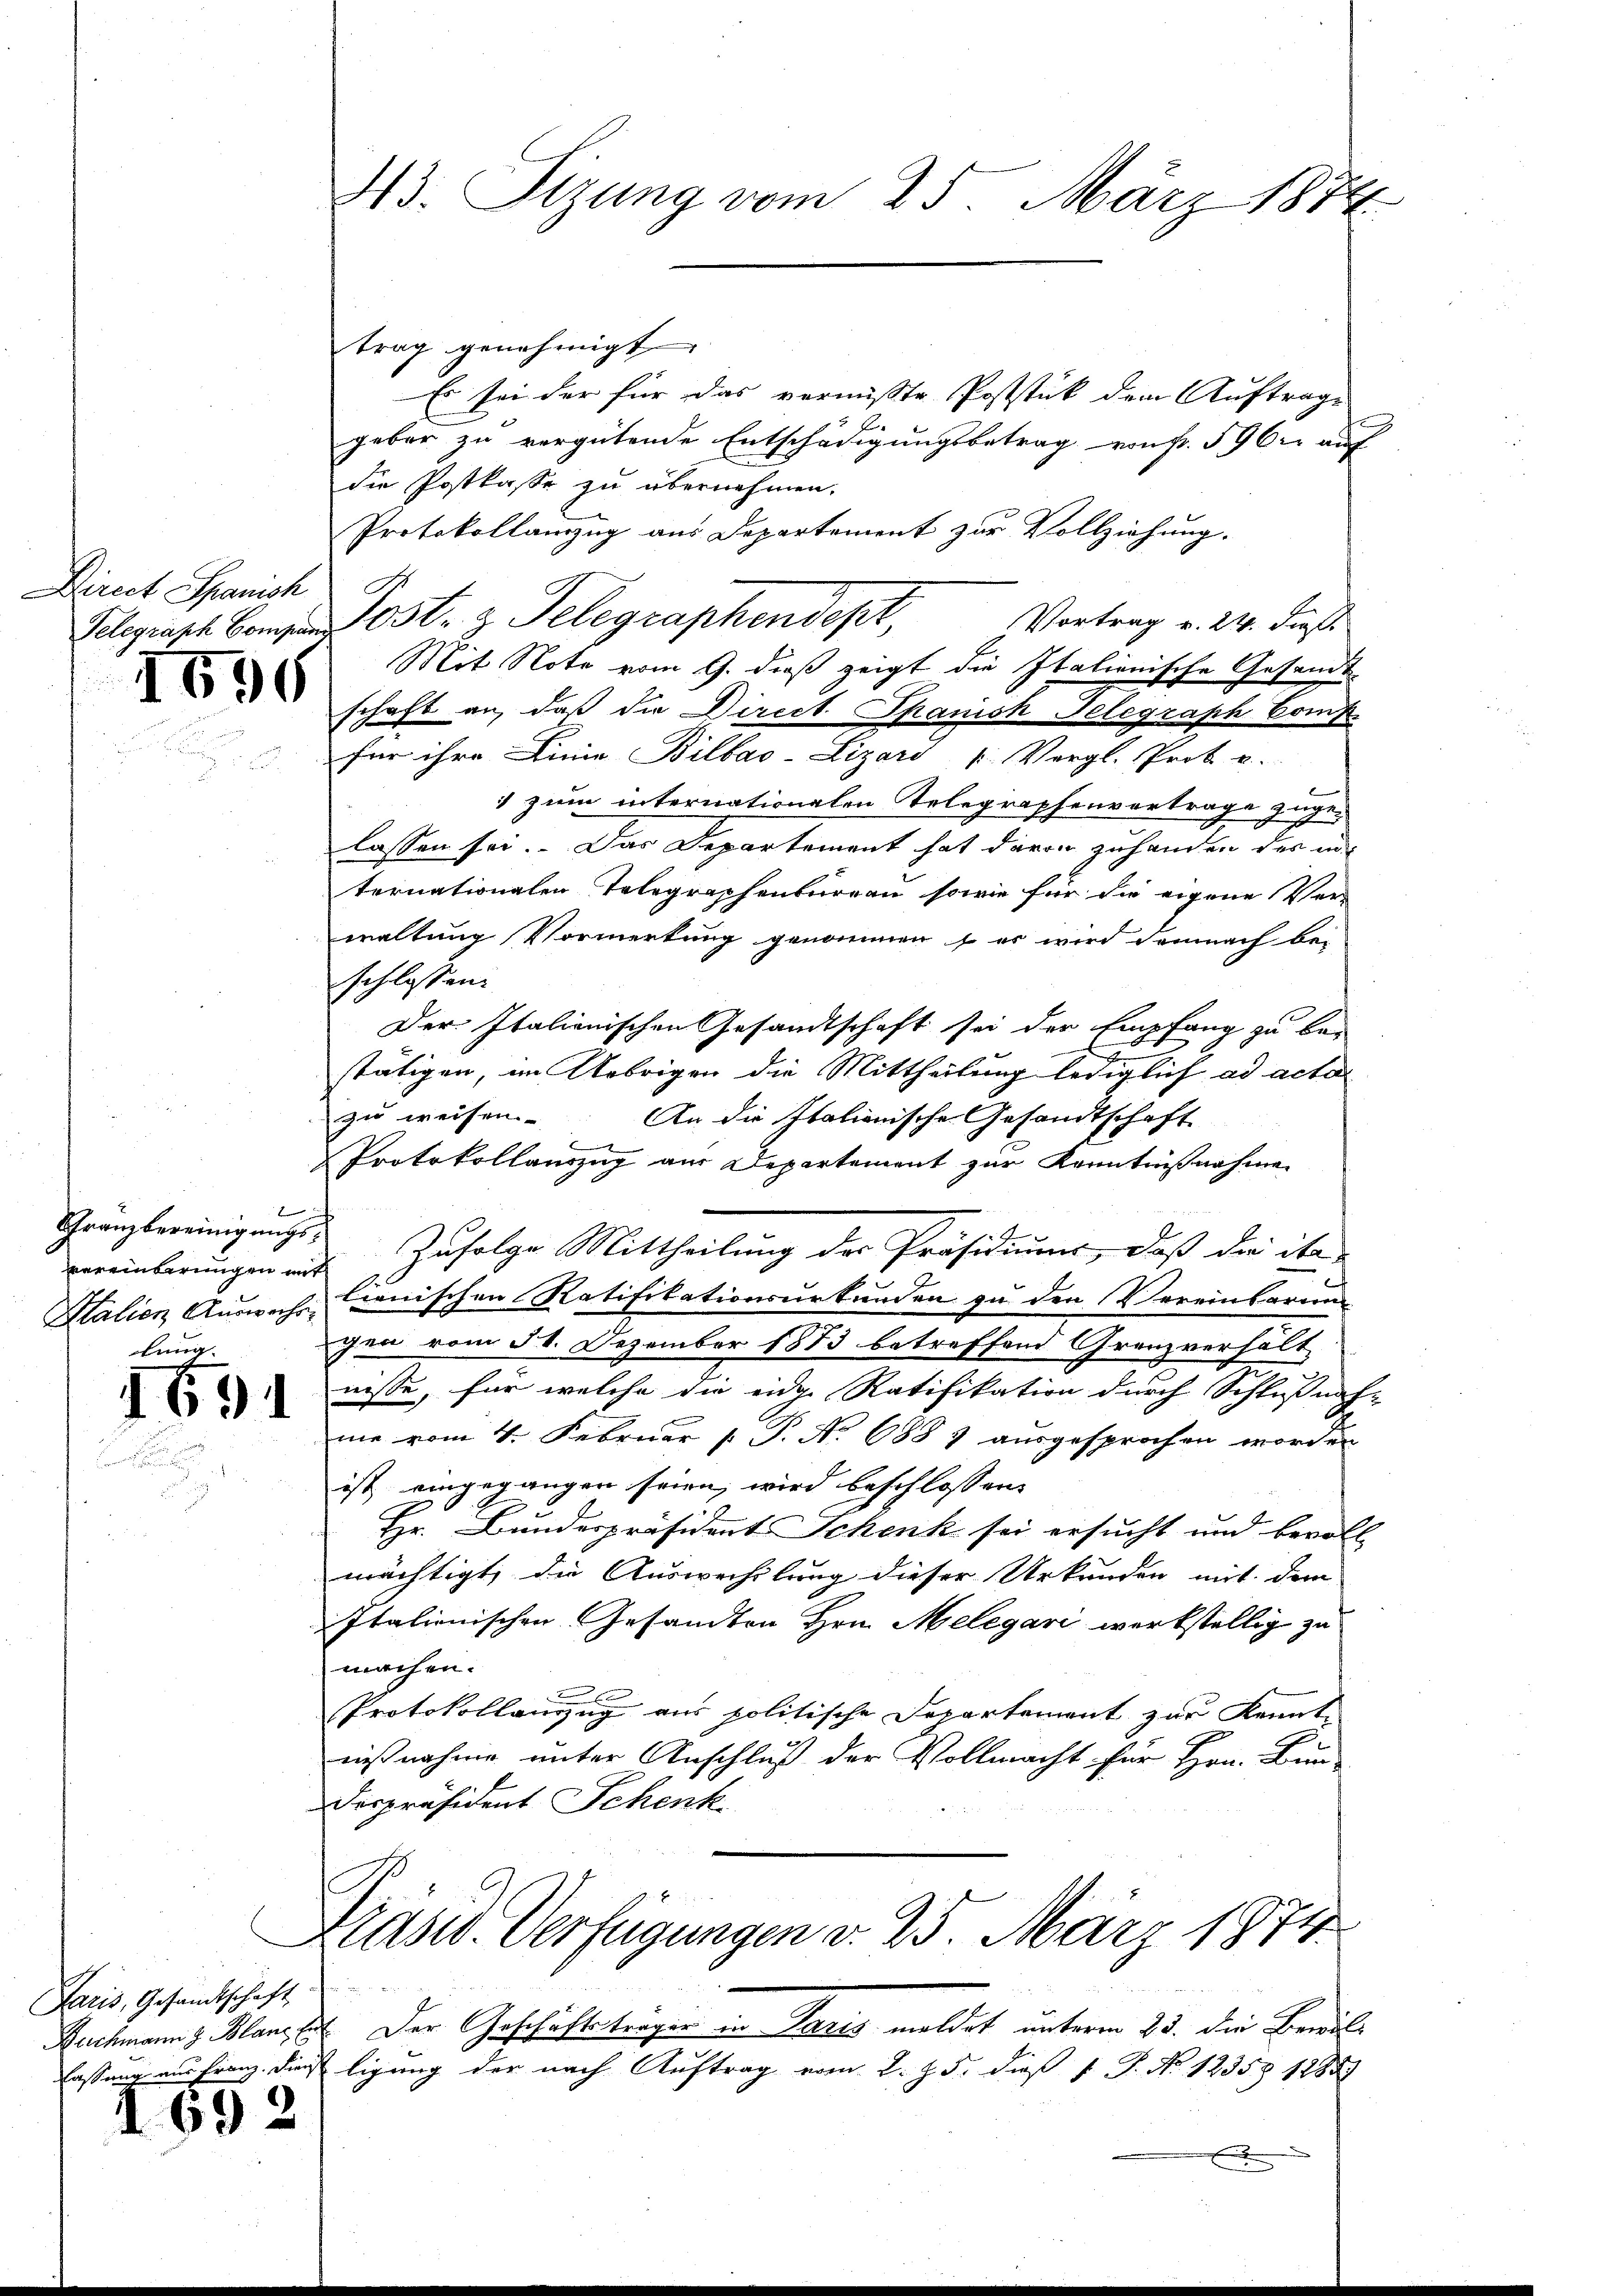
43. Sizung vom 25. März 1874.

trag genehmigt
Es sei der für das vermißte Poststück dem Auftrage
E
geber zu vergütende Entschädigungsbetrag von Fr. 596. auch
die Postkasse zu übernehmen.
Protokollauszug aus Departement zur Vollziehung.
Vortrag v. 24. Fuß.
Gelegraph s. z. Telegraphendest,
Mit Note vom 9. dieß zeigt die Italienische Gesandt-
schaft an, daß die Direct. Spanisk Telegraph Comp.
für ihre Linie Billao-Lizard u Vergl. Prok. u.
1 zum internationalen Telegraphenvertrage zugelassen sei. Das Departement hat davon zuhanden der in
ternationalen Telegraphenburgau, sowie für die eigene Ver-
waltung Vormerkung genommen & es wird demnach bei
schlossen.
Der Italienischen Gesandtschaft sei der Empfang zu be-
stätigen, im Uebrigen die Mittheilung lediglich ad acta
zu weisen. An die Italienische Gesandtschaft
f
Protokollauszug aus Departement zur Kenntnißnahme
Gränzbereinigungs- Zufolge Mittheilung der Präsidiums, daß die ihr
Stalien Auswache Cronischen Ratifikationsurkunden zu den Vereinbarun
gen vom 31. Dezember 1873 betreffend Grenzverhält
nisse, für welche die eidge Ratifikation durch Schlußnah-
me vom 4. Februar 1 P. Nr. 688 7 ausgesprochen worden
ist eingegangen seien, wird beschlossen,
Hr. Bundespräsident Schenk sei ersucht und bevoll-
mächtigt, die Auswechslung dieser Urkunden mit dem
Italienischen Gesandten Hrn. Melegari werkstellig zu
machen.

Protokollanzug aus politische Departement zur Kennt-
nißnahme unter Anschluß der Vollmacht für Hrn. Bun-
despräsident Schenk
Präsid. Verfügungen d. 25. März 1874.
Nachmann z. Blanz st. Der Geschäftstragen in Paris meldet unterm 25. die Bewillassung aus Franz. Dienst ligung der nach Auftrag vom 2. J. 5. dieß P. P. Nr. 12358 1882

Direct Spanisch

1696

2
vereinbarungen mit
lung.

69

Paris, Gesandtschaft

1692